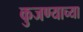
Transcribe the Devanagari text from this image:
कुजण्याच्या